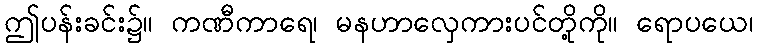
ဤပန်းခင်း၌။ ကဏီကာရေ၊ မနဟာလှေကားပင်တို့ကို။ ရောပယေ၊